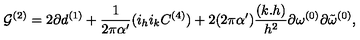
{ \cal G } ^ { ( 2 ) } = 2 \partial d ^ { ( 1 ) } + \frac { 1 } { 2 \pi \alpha ^ { \prime } } ( i _ { h } i _ { k } C ^ { ( 4 ) } ) + 2 ( 2 \pi \alpha ^ { \prime } ) \frac { ( k . h ) } { h ^ { 2 } } \partial \omega ^ { ( 0 ) } \partial { \tilde { \omega } } ^ { ( 0 ) } ,